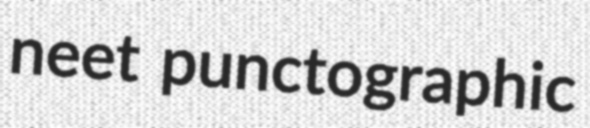
neet punctographic